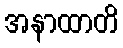
အနာထာတိ